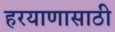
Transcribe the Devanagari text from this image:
हरयाणासाठी